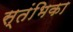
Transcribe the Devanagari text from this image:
स्तंभिका